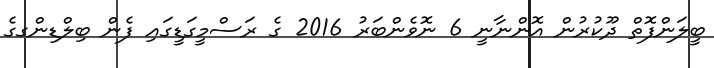
ބީލަންފޮތް ދޫކުރުން އޮންނާނީ 6 ނޮވެންބަރު 2016 ގެ ރަސްމީގަޑީގައި ފެން ބިލްޑިންގގެ